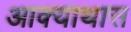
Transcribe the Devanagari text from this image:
आक्याथास